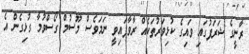
ރާނީގެ ޝަރަފުގައި ވައިގެ ކުޅިވަރުތަކެއް ރާވާފައިވީ ނަމަވެސް މޫސުމް ގޯސްވުމާ ގުޅިގެން އެ